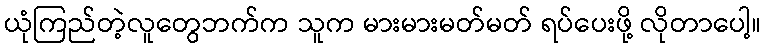
ယုံကြည်တဲ့လူတွေဘက်က သူက မားမားမတ်မတ် ရပ်ပေးဖို့ လိုတာပေါ့။